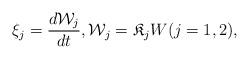
LaTeX: \begin{align*} \xi_j = \frac{d \mathcal W_j}{dt}, \mathcal W_j = \mathfrak K_j W (j=1,2),\end{align*}